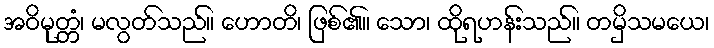
အဝိမုတ္တံ၊ မလွတ်သည်။ ဟောတိ၊ ဖြစ်၏။ သော၊ ထိုရဟန်းသည်။ တမှိသမယေ၊